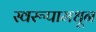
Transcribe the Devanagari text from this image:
स्वरूपामधून